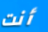
أنت